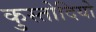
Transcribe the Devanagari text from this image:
कुस्तोदियो